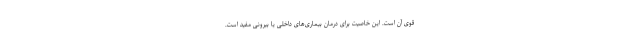
قوی آن است. این خاصیت برای درمان بیماری‌های داخلی یا بیرونی مفید است.